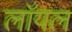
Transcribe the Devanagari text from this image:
लाॅयल